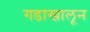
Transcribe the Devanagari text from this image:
गडाखालून